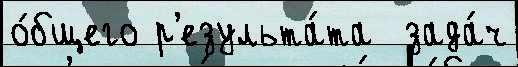
о́бщего р'езульта́та  зада́ч